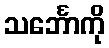
သင်္ဘောကို